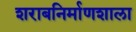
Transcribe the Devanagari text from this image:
शराबनिर्माणशाला